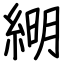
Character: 𦁠